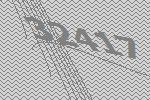
32417